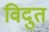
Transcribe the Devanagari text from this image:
विदुत